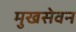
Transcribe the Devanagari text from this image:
मुखसेवन